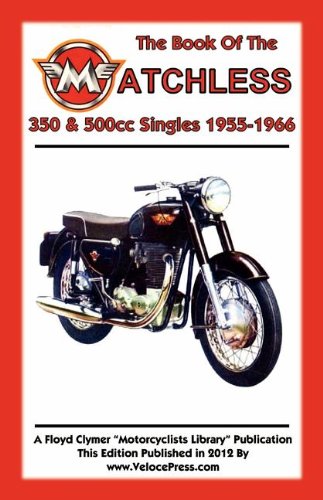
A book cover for BOOK OF THE MATCHLESS 350 & 500cc SINGLES 1955-1966; W. C. Haycraft; Engineering & Transportation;